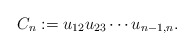
\begin{gather*}C_n:= u_{12} u_{23} \cdots u_{n-1,n}.\end{gather*}